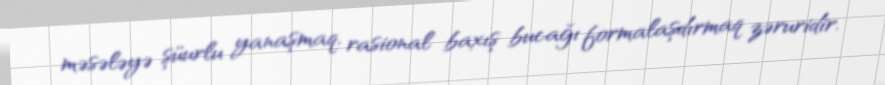
məsələyə şüurlu yanaşmaq, rasional baxış bucağı formalaşdırmaq zəruridir.